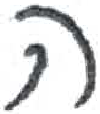
אות: ה